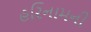
હરિનામની